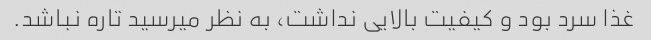
غذا سرد بود و کیفیت بالایی نداشت، به نظر میرسید تاره نباشد.